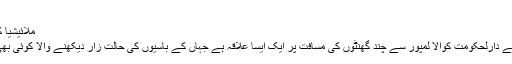
رپورٹ : سمن جعفری
ملائیشیا کے بُھلا دئے جانے والے باشندے
ملائیشیا کے روشنی سے جگمگاتے دارلحکومت کوالا لمپور سے چند گھنٹوں کی مسافت پر ایک ایسا علاقہ ہے جہاں کے باسیوں کی حالت زار دیکھنے والا کوئی بھی نم دیدہ ہوئے بغیر نہیں رہ سکتا۔